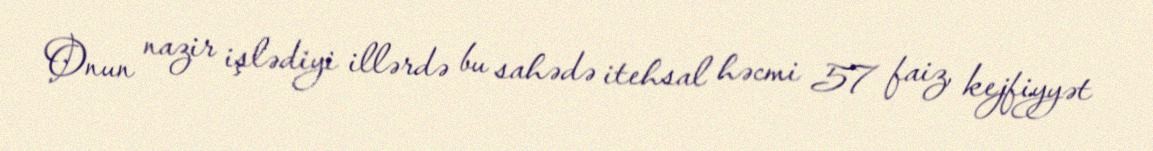
Onun nazir işlədiyi illərdə bu sahədə itehsal həcmi 57 faiz, kejfiyyət